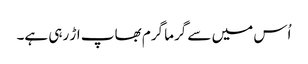
اُس میں سے گرما گرم بھاپ اڑ رہی ہے۔